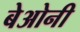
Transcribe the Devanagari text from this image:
बेओनी